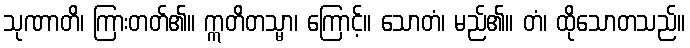
သုဏာတိ၊ ကြားတတ်၏။ ဣတိတသ္မာ၊ ကြောင့်။ သောတံ၊ မည်၏။ တံ၊ ထိုသောတသည်။